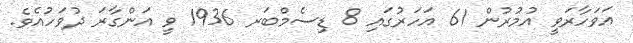
އަވަހާރަވީ އުމުރުން 61 އަހަރުގައި 8 ޑިސެމްބަރ 1936 ވީ އަންގާރަ ދުވަހުއެވެ.